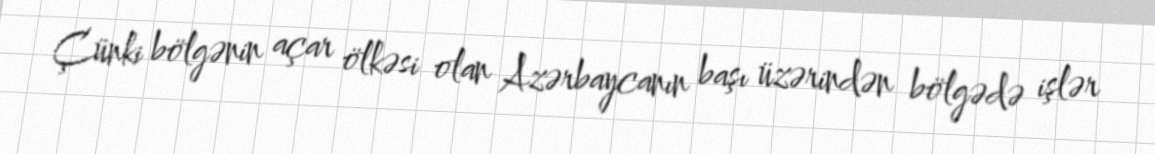
Çünki bölgənin açar ölkəsi olan Azərbaycanın başı üzərindən bölgədə işlər